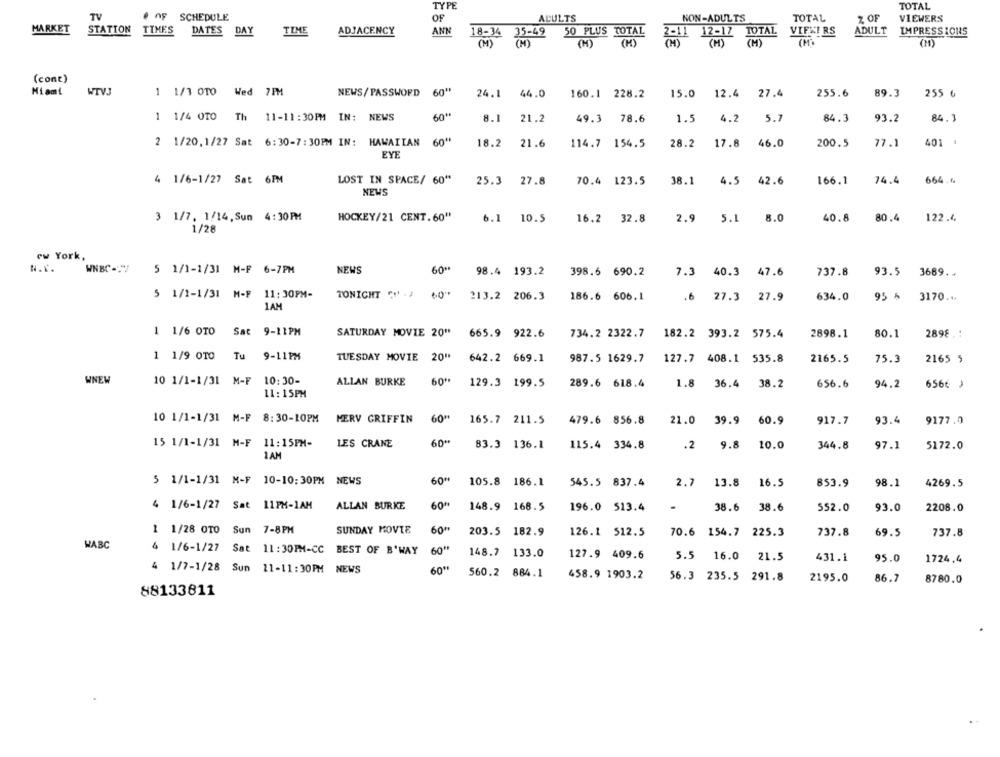
TYPE
TOTAL
TV
# OF SCHEDULE
OF
ACULTS
NON-ADULTS
TOTAL
Z OF
VIEWERS
MARKET
STATION TIMES
ADJACENCY
ANN
ADULT
IMPRESSIONS
DATES DAY
TIME
18-34 35-49
50 PLUS TOTAL
2-11 12-12 TOTAL
VIFWIRS
( M )
(M)
(H)
(M)
(M.
(cont)
Miamt
WTVJ
1 1/1 0TO Wed 7PM
NEWS/ PASSWORD 60"
255.6
24.1
44.0
160.1 228.2
15.0 12.4
27.4
89.3
255 6
1 1/4 0TO Th 11-11:30PM IN: NEWS
8.1
21.2
49.3
78.6
1.5
4.2
5.7
84.3
93.2
84.3
2 1/20.1/27 Sat 6:30-7:30PM IN: HAWAIIAN
60"
18.2
21.6
114.7 154.5
28.2
17.8
46.0
200.5
77.1
401
EYE
4 1/6-1/27 Sat 6PM
LOST IN SPACE/ 60"
25.3
27.8
70.4 123.5
38.1
4.5
42.6
166.1
74.4
664.6
NEWS
3 1/7. 1/14, Sun 4:30 PM
HOCKEY/21 CENT.60"
6.1
10.5
16.2
32.8
2.9
5.1
8.0
40.8
80.4
122.4.
1/28
ew York,
N.V.
WNBC="
5 1/1-1/31 M-F 6-7PM
NEWS
60+
98.4 193.2
398.6 690.2
7.3 40.3 47.6
737.8
93.5
3689.
5 1/1-1/31 M-F 11:30PM-
TONIGHT " . J
186.6 606.1
.6
634.0
95 %
213.2 206.3
27.3 27.9
3170 ...
1AM
1 1/6 OTO Sat 9-11PM
SATURDAY MOVIE 20" 665.9 922.6
734.2 2322.7 182.2 393.2 575.4
2898.1
80.1
2898. :
1 1/9 0TO Tu 9-11PM
TUESDAY MOVIE 20"
642.2 669.1
987.5 1629.7 127.7 408.1 535.8
2165.5
75.3
2165 5
WNEW
10 1/1-1/31 M-F 10:30-
ALLAN BURKE
60"
129.3 199.5
289.6 618.4
1.8
36.4
38.2
656.6
94.2
6566 )
11 : 15PM
60"
10 1/1-1/31 M-F 8:30-1OPM
MERV GRIFFIN
165.7 211.5
479.6 856.8
21.0
39.9
60.9
917.7
93.4
9177.0
15 1/1-1/31 M-F 11:15PM-
LES CRANE
60"
83.3 136.1
115.4 334.8
.2
9.8
10.0
344.8
97.1
5172.0
1 AM
5 1/1-1/31 M-F 10-10:30PM NEWS
60H
105.8 186.1
545.5 837.4
2.7
13.8
16.5
853.9
98.1
4269.5
4 1/6-1/27 Sat 11PM-1AM
ALLAN BURKE
60%
148.9 168.5
196.0 513.4
.
38.6
38.6
552.0
93.0
2208.0
1 1/28 0TO Sun 7-8PM
SUNDAY MOVIE
60"
203.5 182.9
126.1 512.5
70.6 154.7 225.3
737.8
69.5
737.8
WABC
4 1/6-1/27 Sat 11: 30PM-CC BEST OF B'WAY
60"
148.7 133.0
127.9 409.6
5.5 16.0 21.5
431.1
95.0
1724.4
4 1/7-1/28 Sun 11-11:30PM NEWS
60"
560.2 884.1
458.9 1903.2
56.3 235.5 291.8
2195.0
86.7
8780.0
88133611